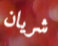
شريان